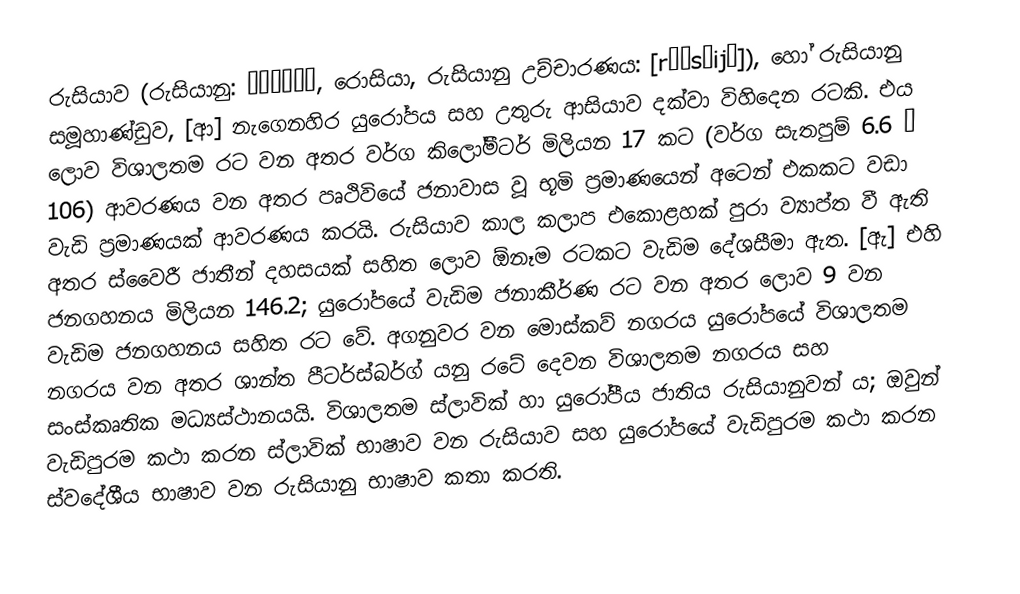
රුසියාව (රුසියානු: Россия, රොසියා, රුසියානු උච්චාරණය: [rɐˈsʲijə]), හෝ රුසියානු සමූහාණ්ඩුව, [ආ] නැගෙනහිර යුරෝපය සහ උතුරු ආසියාව දක්වා විහිදෙන රටකි. එය ලොව විශාලතම රට වන අතර වර්ග කිලෝමීටර් මිලියන 17 කට (වර්ග සැතපුම් 6.6 × 106) ආවරණය වන අතර පෘථිවියේ ජනාවාස වූ භූමි ප්‍රමාණයෙන් අටෙන් එකකට වඩා වැඩි ප්‍රමාණයක් ආවරණය කරයි. රුසියාව කාල කලාප එකොළහක් පුරා ව්‍යාප්ත වී ඇති අතර ස්වෛරී ජාතීන් දහසයක් සහිත ලොව ඕනෑම රටකට වැඩිම දේශසීමා ඇත. [ඇ] එහි ජනගහනය මිලියන 146.2; යුරෝපයේ වැඩිම ජනාකීර්ණ රට වන අතර ලොව 9 වන වැඩිම ජනගහනය සහිත රට වේ. අගනුවර වන මොස්කව් නගරය යුරෝපයේ විශාලතම නගරය වන අතර ශාන්ත පීටර්ස්බර්ග් යනු රටේ දෙවන විශාලතම නගරය සහ සංස්කෘතික මධ්‍යස්ථානයයි. විශාලතම ස්ලාවික් හා යුරෝපීය ජාතිය රුසියානුවන් ය; ඔවුන් වැඩිපුරම කථා කරන ස්ලාවික් භාෂාව වන රුසියාව සහ යුරෝපයේ වැඩිපුරම කථා කරන ස්වදේශීය භාෂාව වන රුසියානු භාෂාව කතා කරති.